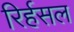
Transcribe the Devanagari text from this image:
रिर्हसल